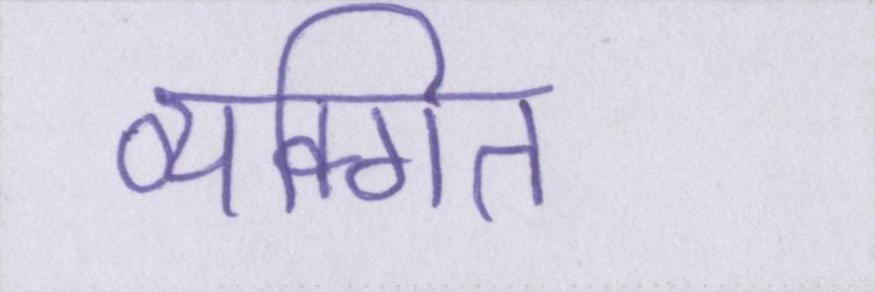
व्यक्गित